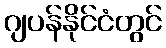
ဂျပန်နိုင်ငံတွင်